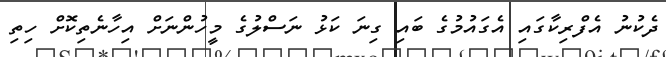
ދެކުނު އެފްރިކާގައި އެގައުމުގެ ބައި ގިނަ ކަޅު ނަސްލުގެ މީހުންނަށް އިހާނެތިކޮށް ހިތި